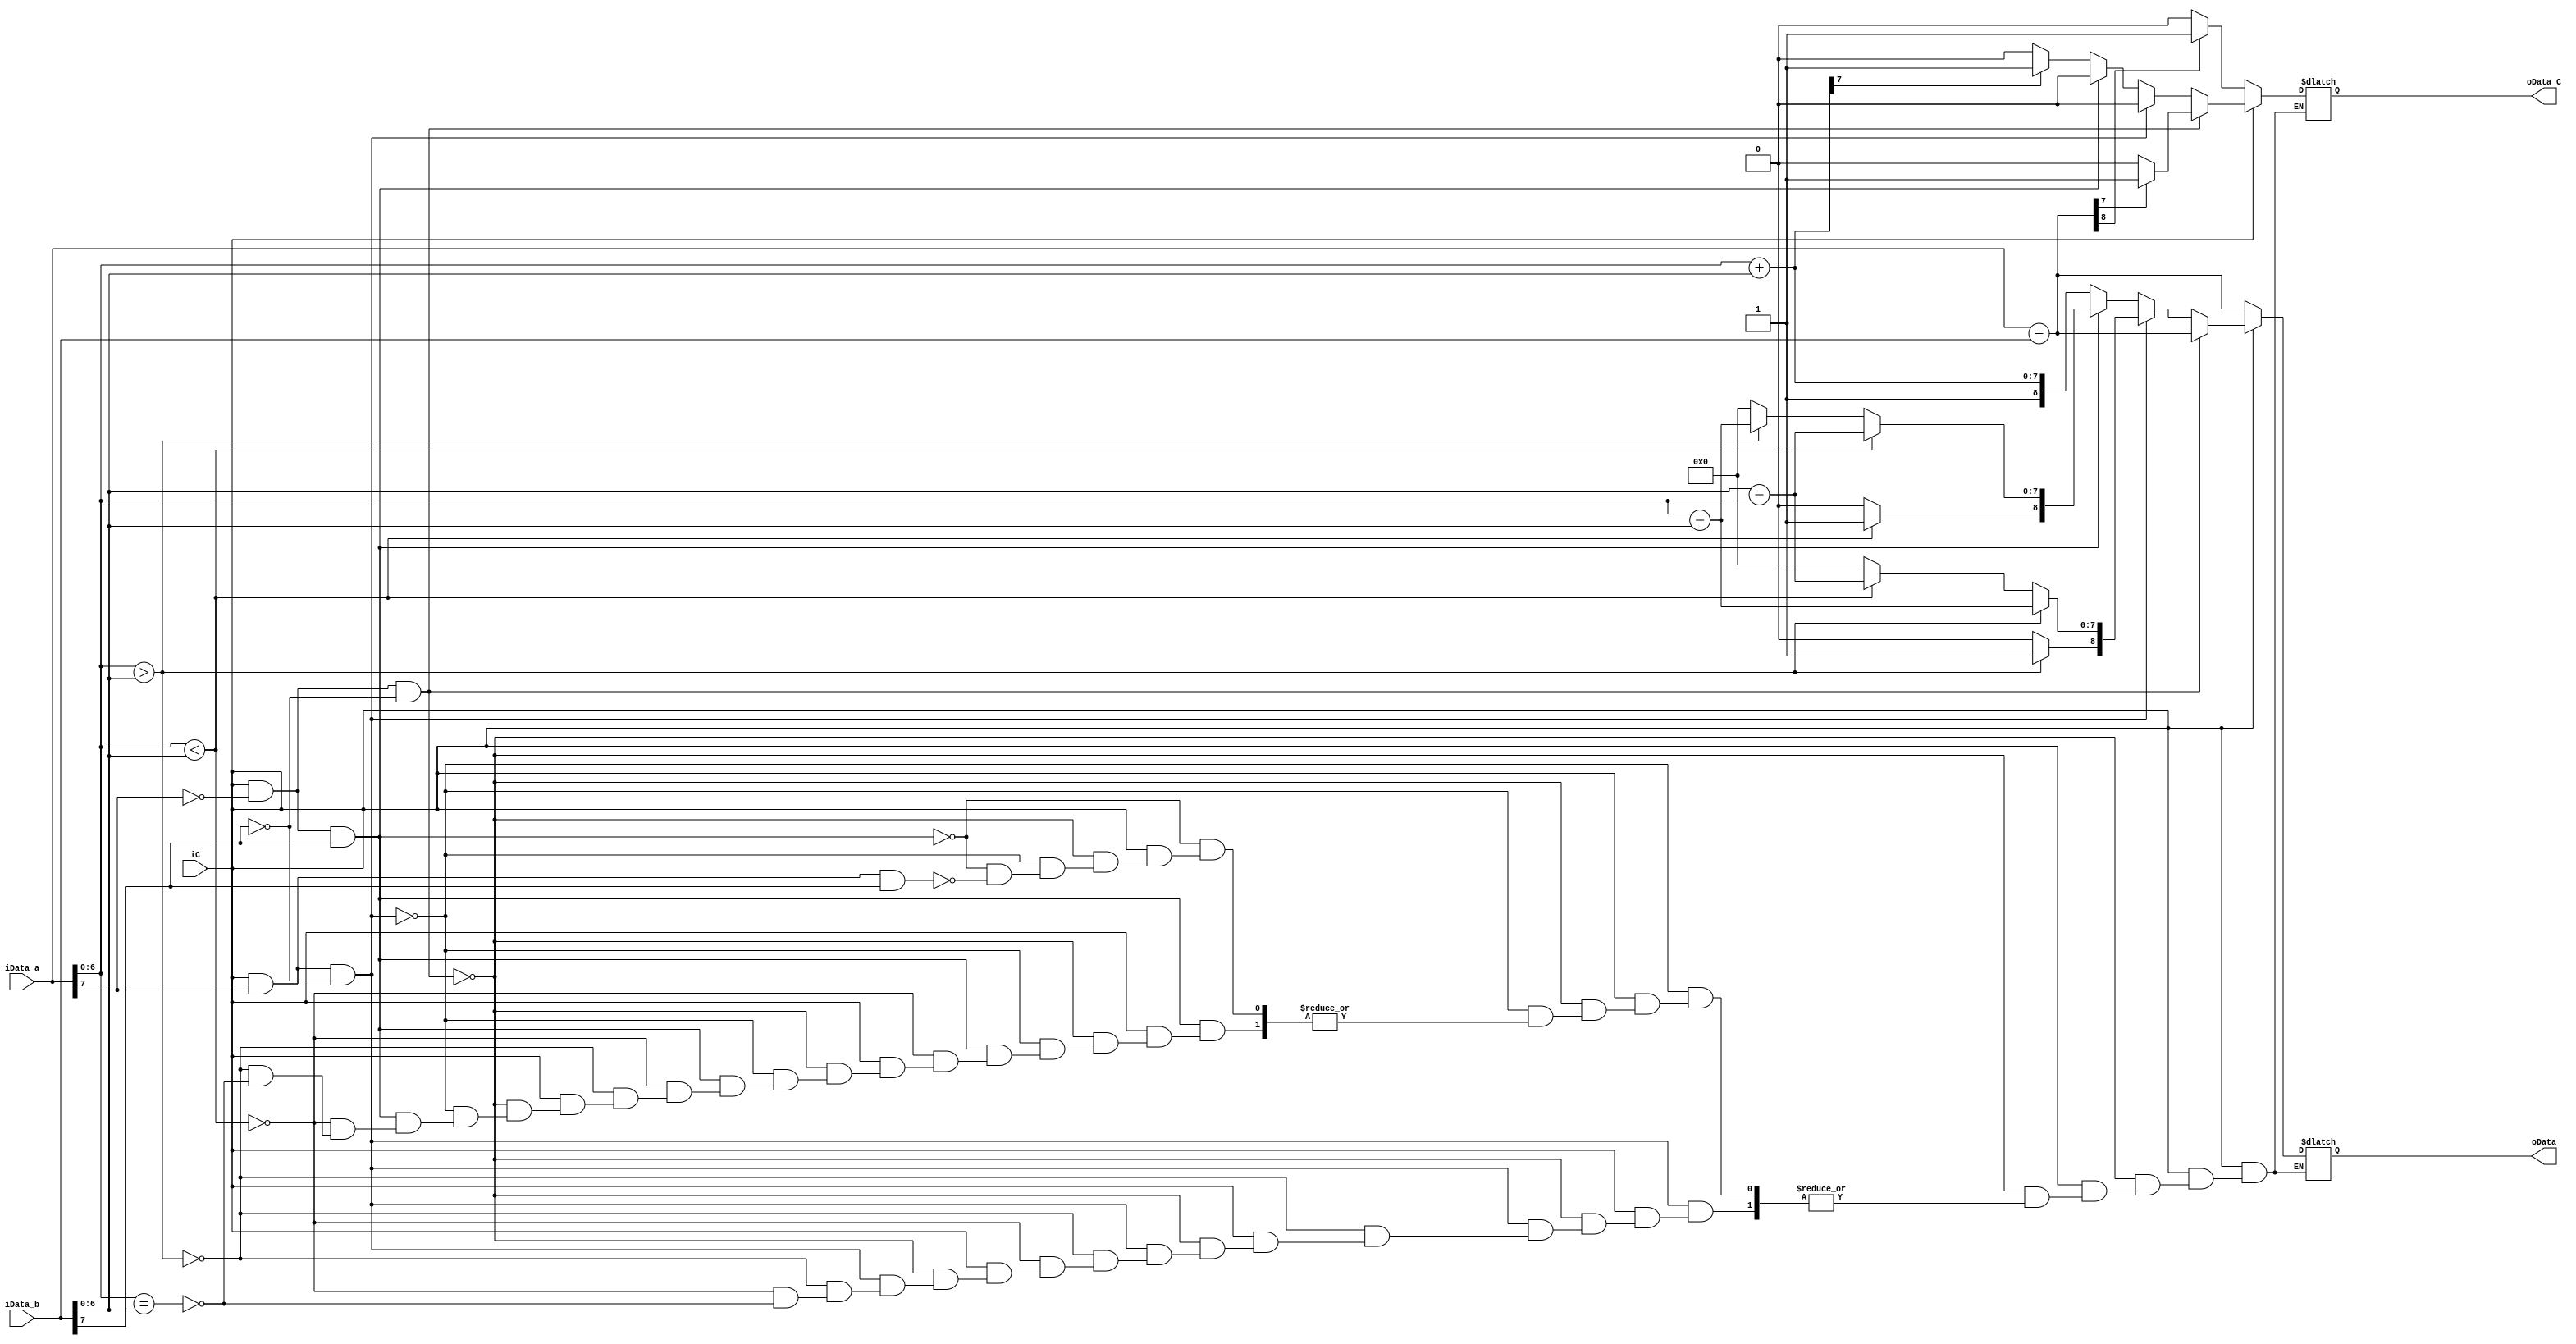
`timescale 1ns / 1ns
//////////////////////////////////////////////////////////////////////////////////
// Company: 
// Engineer: 
// 
// Design Name: 
// Module Name: Adder
// Project Name: 
// Target Devices: 
// Tool Versions: 
// Description: 
// 
// Dependencies: 
// 
// Revision:
// Revision 0.01 - File Created
// Additional Comments:
// 
//////////////////////////////////////////////////////////////////////////////////


module Adder(
    input [7:0] iData_a,
    input [7:0] iData_b,
    input iC,
    output reg [8:0] oData,
    output reg oData_C
    );
    always @(*)
    if(iC==0)
    begin
    oData=iData_a+iData_b;
    
    if(oData[8]==1)
    oData_C=1;
    else
    oData_C=0;
    end
    
    else if(iC==1&&iData_a[7]==0&&iData_b[7]==0)
    begin
    oData=iData_a+iData_b;
    if(oData[7]==1)
    oData_C=1;
    else
    oData_C=0;
    end
    
    else if(iC==1&&iData_a[7]==1&&iData_b[7]==0)
    begin
    if(iData_a[6:0]>iData_b[6:0])
    begin
    oData[7:0]=iData_a[6:0]-iData_b[6:0];
    oData[8]=1;
    oData_C=0;
    end
    else if(iData_a[6:0]<iData_b[6:0])
    begin
    oData[7:0]=iData_b[6:0]-iData_a[6:0];
    oData[8]=0;
    oData_C=0;
    end
    else if(iData_a[6:0]==iData_b[6:0])
    begin
    oData=0;
    oData_C=0;
    end
    end
    else if(iC==1&&iData_a[7]==0&&iData_b[7]==1) 
    begin
    if(iData_a[6:0]<iData_b[6:0])
     begin 
     oData[7:0]=iData_b[6:0]-iData_a[6:0];
    oData[8]=1; 
    oData_C=0; 
    end 
    else if(iData_a[6:0]>iData_b[6:0]) 
    begin 
    oData[7:0]=iData_a[6:0]-iData_b[6:0]; 
    oData[8]=0; 
    oData_C=0; 
    end 
    else if(iData_a[6:0]==iData_b[6:0]) 
    begin 
    oData=0; 
    oData_C=0; 
    end 
    end 
    else if(iC==1&&iData_a[7]==1&&iData_b[7]==1) 
    begin
    oData[7:0]=iData_a[6:0]+iData_b[6:0];
    oData[8]=1; 
    if(oData[7]==1) 
    oData_C=1; 
    else oData_C=0;
    end
endmodule